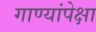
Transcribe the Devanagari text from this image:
गाण्यांपेक्षा